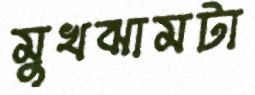
মুখঝামটা